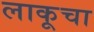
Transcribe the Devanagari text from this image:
लाकूचा